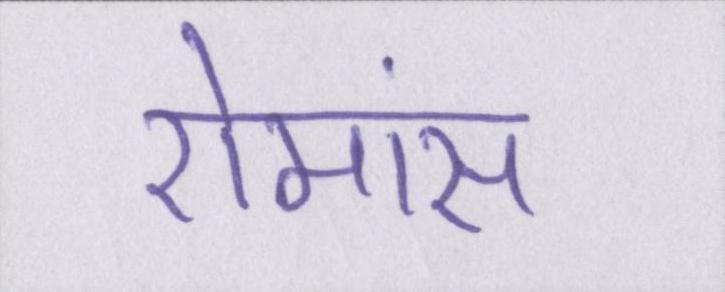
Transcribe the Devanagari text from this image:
रोमांस